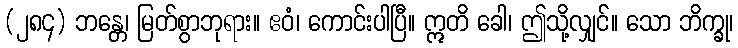
(၂၈၄) ဘန္တေ၊ မြတ်စွာဘုရား။ ဧဝံ၊ ကောင်းပါပြီ။ ဣတိ ခေါ၊ ဤသို့လျှင်။ သော ဘိက္ခု၊